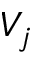
V _ { j }